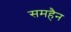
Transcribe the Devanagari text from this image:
समहैन